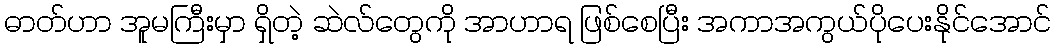
ဓာတ်ဟာ အူမကြီးမှာ ရှိတဲ့ ဆဲလ်တွေကို အာဟာရ ဖြစ်စေပြီး အကာအကွယ်ပိုပေးနိုင်အောင်